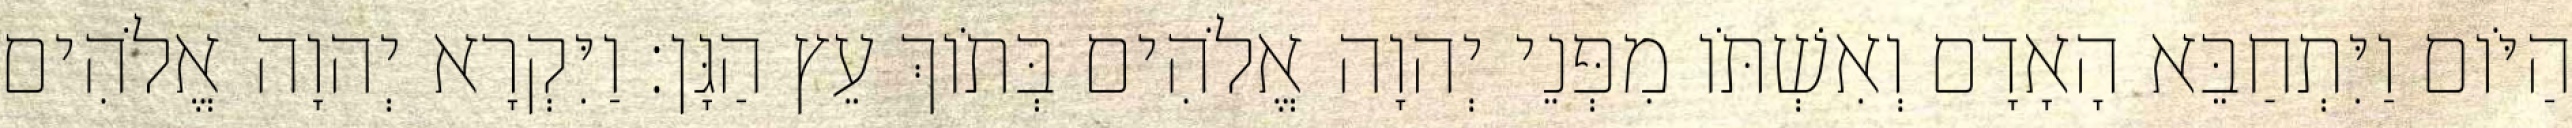
הַיֹּום וַיִּתְחַבֵּא הָאָדָם וְאִשְׁתֹּו מִפְּנֵי יְהוָה אֱלֹהִים בְּתֹוךְ עֵץ הַגָּן׃ וַיִּקְרָא יְהוָה אֱלֹהִים